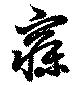
寐